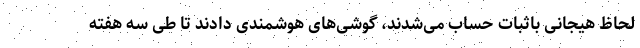
لحاظ هیجانی باثبات حساب می‌شدند، گوشی‌های هوشمندی دادند تا طی سه هفته